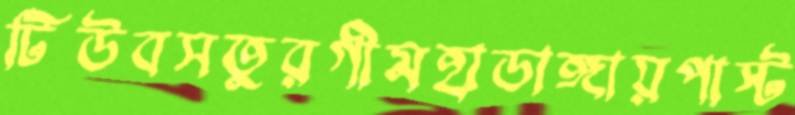
টিউবসতুরগীমহাডাঙ্গায়পাস্ট